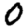
Digit: 0